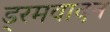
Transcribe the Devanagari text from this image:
ड्रमवादन